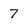
Character: 7